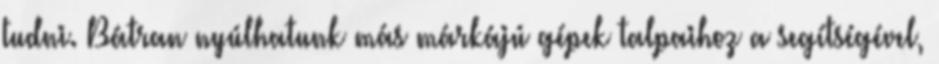
tudni. Bátran nyúlhatunk más márkájú gépek talpaihoz a segítségével,